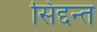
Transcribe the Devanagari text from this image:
सिद्दन्त